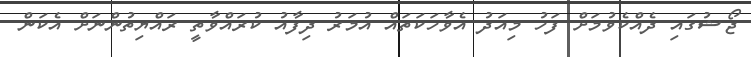
ޖޯޝުގައި ދެއްކެވުމަށް ފަހު މިއަދު އެވާހަކަތައް އުމަރު ދިފާއު ކުރައްވާތީ ރައްޔިތުންނަށް އެކަން